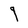
Character: q